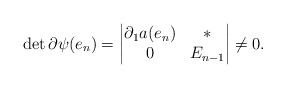
\begin{align*}\det\partial\psi(e_n)=\begin{vmatrix}\partial_1 a(e_n)&*\\0&E_{n-1}\end{vmatrix}\neq0.\end{align*}